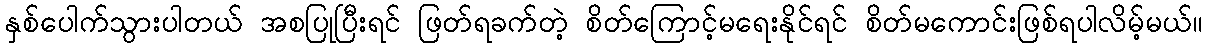
နှစ်ပေါက်သွားပါတယ် အစပြုပြီးရင် ဖြတ်ရခက်တဲ့ စိတ်ကြောင့်မရေးနိုင်ရင် စိတ်မကောင်းဖြစ်ရပါလိမ့်မယ်။